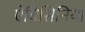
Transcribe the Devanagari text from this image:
ऐबिसिनिया